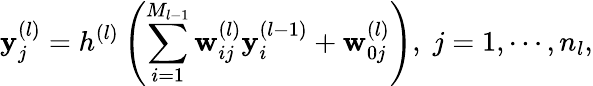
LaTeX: \mathbf{y}_{j}^{(l)}=h^{(l)}\left(\sum_{i=1}^{M_{l-1}}\mathbf{w}_{ij}^{(l)}\mathbf{y}_{i}^{(l-1)}+\mathbf{w}_{0j}^{(l)}\right),\; j=1,\cdots,n_{l},